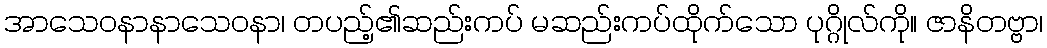
အာသေဝနာနာသေဝနာ၊ တပည့်၏ဆည်းကပ် မဆည်းကပ်ထိုက်သော ပုဂ္ဂိုလ်ကို။ ဇာနိတဗ္ဗာ၊